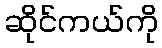
ဆိုင်ကယ်ကို